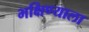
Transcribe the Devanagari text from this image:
भक्षिण्याला